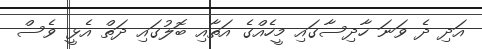
އަދި ދެ ވަނަ ހާދިސާގައި މީހެއްގެ އަތާއި ބޮލުގައި ދަތް އެޅީ ވެސް